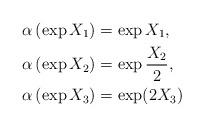
LaTeX: \begin{align*}\alpha\left( \exp X_1\right) & =\exp X_1,\\\alpha\left( \exp X_2\right) & =\exp\frac{X_2}{2},\\\alpha\left( \exp X_3\right) & =\exp(2 X_3)\end{align*}